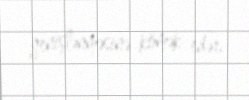
genişlənməsinə kömək edər.